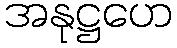
အနုဋ္ဌဟေ